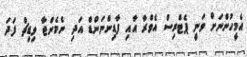
އެމީހުންނަށް ވަނީ ޕެޓްރިސް އެވްރާ އާއި ފާޑިންނަންޑް އަދި ނެމެންޖާ ވިޑިޗް ފަދަ